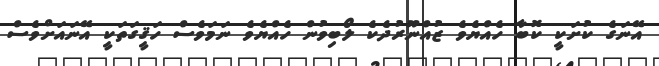
އޭނަގެ ކުށަކީ ކޮބާ ހެއްޔެވެ ޒުއްނޫރުދެކެ ލޯބިވުން ހެއްޔެވެ ނަމަވެސް ހަޤީގަތަކީ އޭނައަށްވެސް